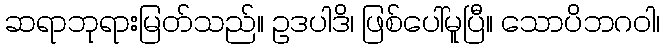
ဆရာဘုရားမြတ်သည်။ ဥဒပါဒိ၊ ဖြစ်ပေါ်မူပြီ။ သောပိဘဂဝါ၊